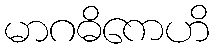
မာဂဓိကေဟိ